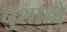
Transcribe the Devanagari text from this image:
द्युशान्बे